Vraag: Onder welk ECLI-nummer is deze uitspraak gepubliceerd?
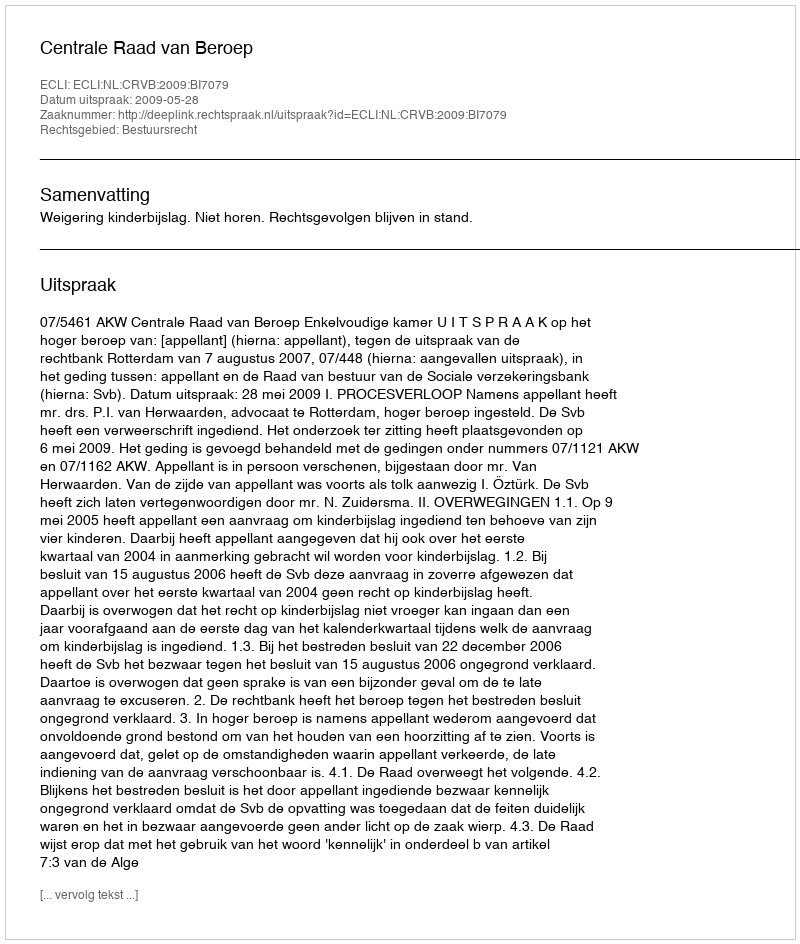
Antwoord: ECLI:NL:CRVB:2009:BI7079